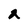
Character: 2